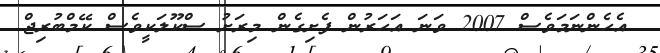
އެހެންނަމަވެސް 2007 ވަނަ އަހަރުން ފެށިގެން މިރަށު ސްކޫލަކީވެސް ކޭމްބުރިޖް